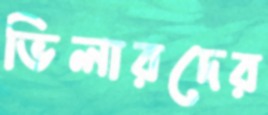
ভিলারদের